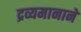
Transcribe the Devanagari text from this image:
द्रव्यमानाने